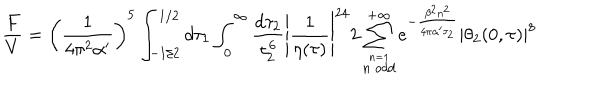
LaTeX: \frac { F } { V } = \left( \frac { 1 } { 4 \pi ^ { 2 } \alpha ^ { \prime } } \right) ^ { 5 } \int _ { - 1 / 2 } ^ { 1 / 2 } d \tau _ { 1 } \int _ { 0 } ^ { \infty } \frac { d \tau _ { 2 } } { \tau _ { 2 } ^ { 6 } } \left| \frac { 1 } { \eta ( \tau ) } \right| ^ { 2 4 } 2 \sum _ { \stackrel { n = 1 } { n \ o d d } } ^ { + \infty } e ^ { - \frac { \beta ^ { 2 } n ^ { 2 } } { 4 \pi \alpha ^ { \prime } \tau _ { 2 } } } \left| \theta _ { 2 } ( 0 , \tau ) \right| ^ { 8 }